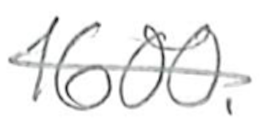
Text: 1600.
Cross-out: single-line
Writing tool: pencil